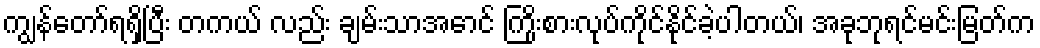
ကျွန်တော်ရရှိပြီး တကယ် လည်း ချမ်းသာအောင် ကြိုးစားလုပ်ကိုင်နိုင်ခဲ့ပါတယ်၊ အခုဘုရင်မင်းမြတ်က